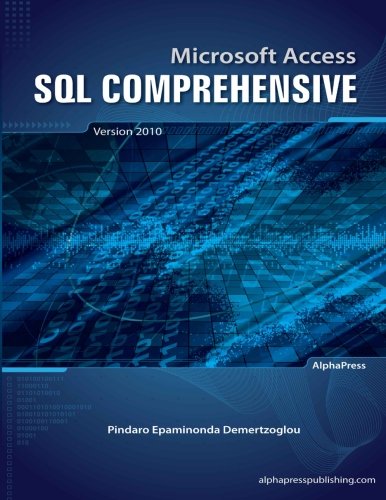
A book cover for Microsoft Access SQL Comprehensive: version 2010; Dr. Pindaro Epaminonda Demertzoglou; Computers & Technology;